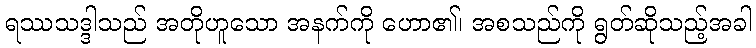
ရဿသဒ္ဒါသည် အတိုဟူသော အနက်ကို ဟော၏၊ အစသည်ကို ရွတ်ဆိုသည့်အခါ